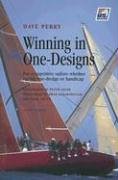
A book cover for Winning in One-designs; Dave Perry; Politics & Social Sciences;